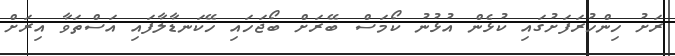
ރަށު ހިންހުރަފަށުގައި ކުޅެން އުޅުނު ކޯމަސް ބޭރަށް ބޯޖަހައި ހޭކަނޑާލާފައި އަސްތަވާ އިރަށް